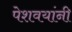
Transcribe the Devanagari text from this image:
पेशवयांनी